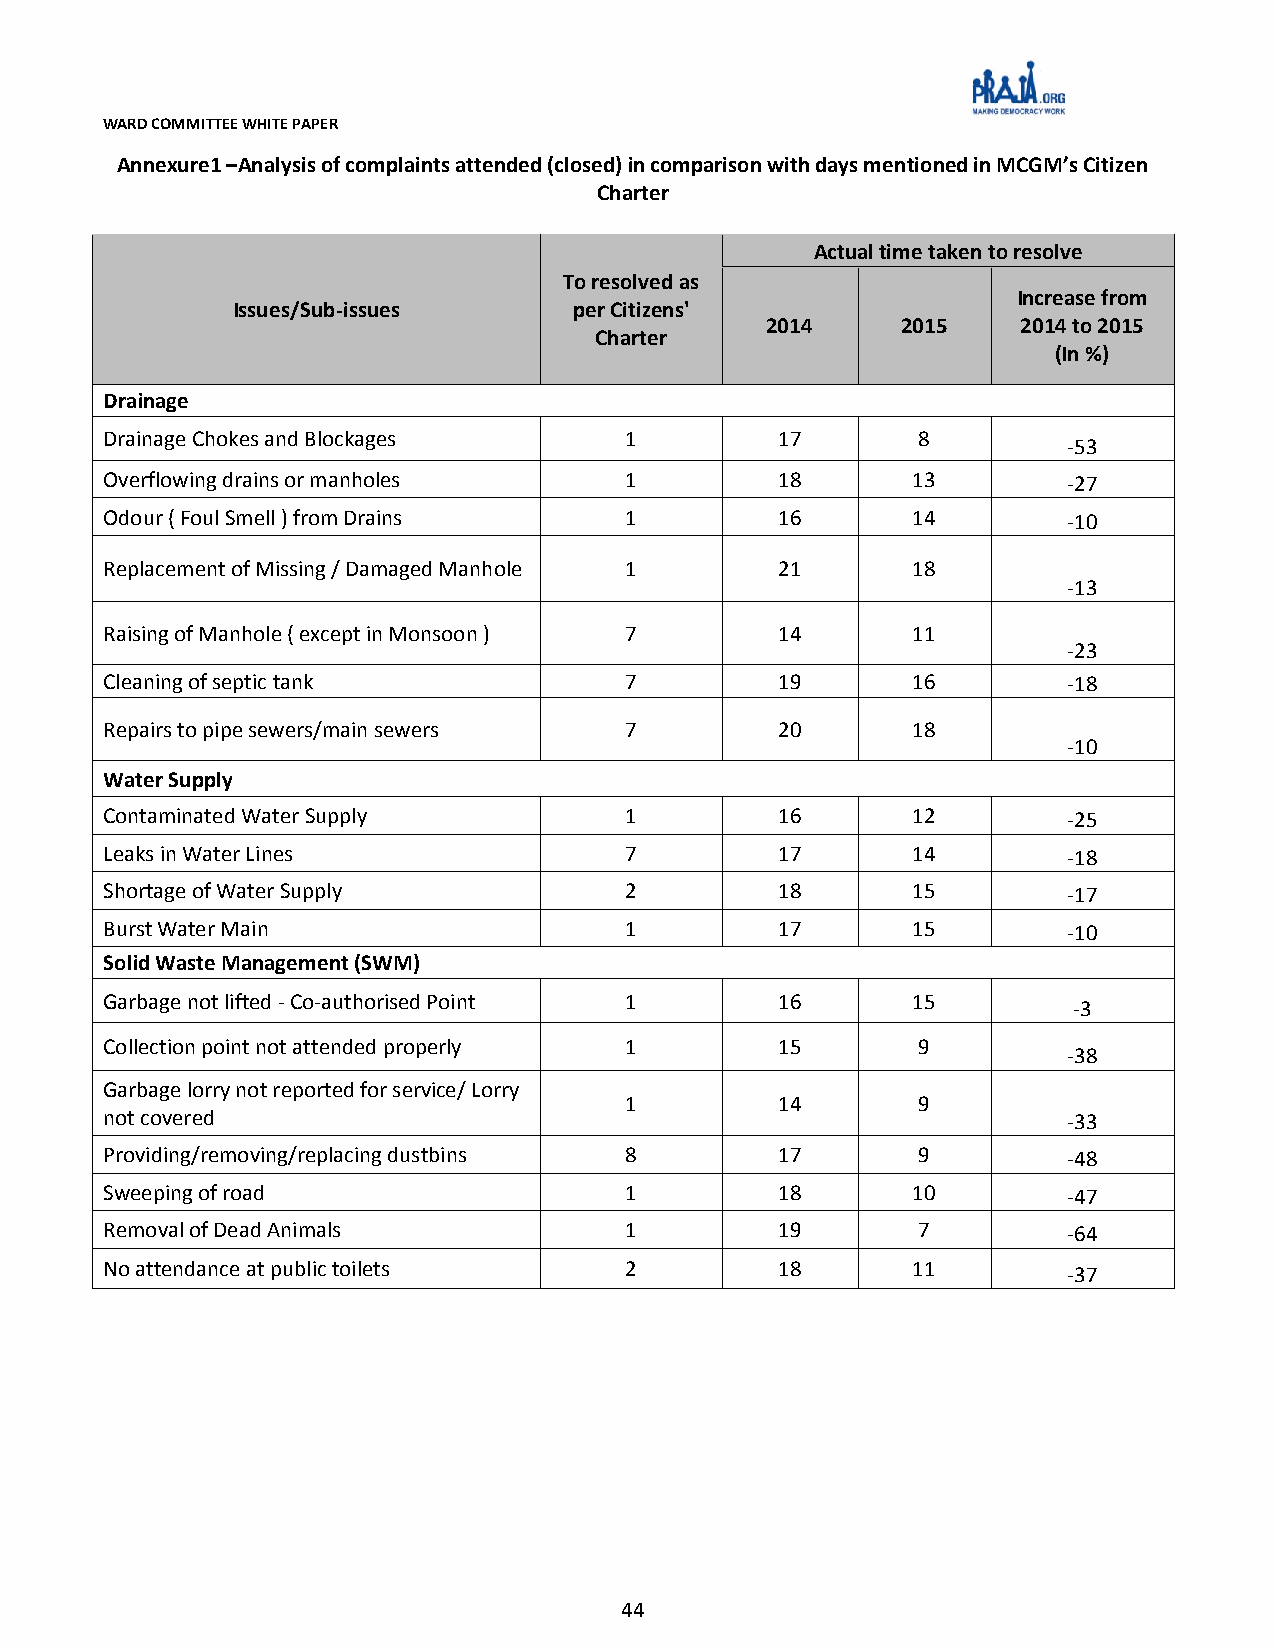
WARD COMMITTEE WHITE PAPER
 Annexure1 –Analysis of complaints attended (closed) in comparison with days mentioned in MCGM’s Citizen
 Charter
 Actual time taken to resolve
 To resolved as
 Increase from
 Issues/Sub-issues      per Citizens'
 2014     2015    2014 to 2015
 Charter
 (In %)
 Drainage
 Drainage Chokes and Blockages     1          17       8
 -53
 Overflowing drains or manholes    1          18      13         -27
 Odour ( Foul Smell ) from Drains  1          16      14         -10
 Replacement of Missing / Damaged Manhole 1   21      18
 -13
 Raising of Manhole ( except in Monsoon ) 7   14      11
 -23
 Cleaning of septic tank           7          19      16         -18
 Repairs to pipe sewers/main sewers 7         20      18
 -10
 Water Supply
 Contaminated Water Supply         1          16      12         -25
 Leaks in Water Lines              7          17      14         -18
 Shortage of Water Supply          2          18      15         -17
 Burst Water Main                  1          17      15         -10
 Solid Waste Management (SWM)
 Garbage not lifted - Co-authorised Point 1   16      15
 -3
 Collection point not attended properly 1     15       9
 -38
 Garbage lorry not reported for service/ Lorry
 1          14       9
 not covered                                                     -33
 Providing/removing/replacing dustbins 8      17       9         -48
 Sweeping of road                  1          18      10         -47
 Removal of Dead Animals           1          19       7         -64
 No attendance at public toilets   2          18      11         -37
 44